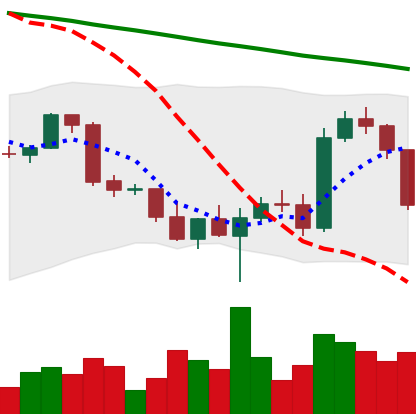
Ticker: BTC-USD
Chart end date: 2022-03-04
Forward return: 7.27%
Label: up_7plus